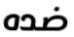
ضده